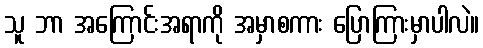
သူ ဘာ အကြောင်းအရာကို အမှာစကား ပြောကြားမှာပါလဲ။